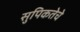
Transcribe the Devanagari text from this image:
सुपिकतेचे